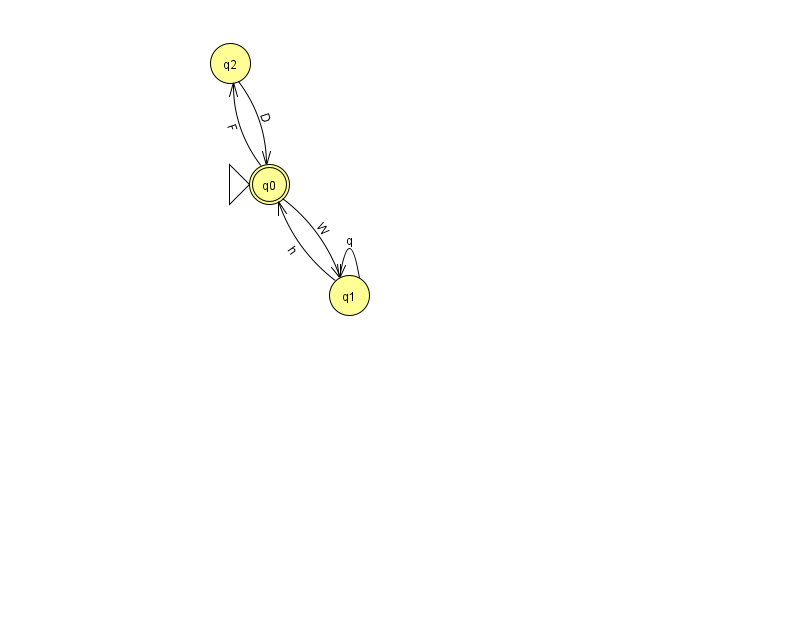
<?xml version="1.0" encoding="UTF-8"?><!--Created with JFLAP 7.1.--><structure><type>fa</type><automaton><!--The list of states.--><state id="0" name="q0"><x>269.0</x><y>171.0</y><initial/><final/></state><state id="1" name="q1"><x>349.0</x><y>282.0</y></state><state id="2" name="q2"><x>230.0</x><y>50.0</y></state><!--The list of transitions.--><transition><from>0</from><to>2</to><read>F</read></transition><transition><from>1</from><to>0</to><read>h</read></transition><transition><from>1</from><to>1</to><read>q</read></transition><transition><from>2</from><to>0</to><read>D</read></transition><transition><from>0</from><to>1</to><read>W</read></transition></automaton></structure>